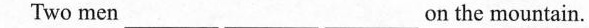
Two men _______ _______ ______on the mountain.